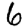
Digit: 6